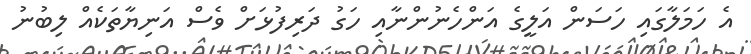
އެ ހަމަލާގައި ހަސަން އަލީގެ އަންހެނުންނާއި ހަގު ދަރިފުޅަށް ވެސް އަނިޔާތަކެއް ލިބުނު